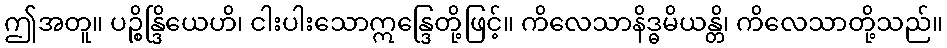
ဤအတူ။ ပဉ္စိန္ဒြိယေဟိ၊ ငါးပါးသောဣန္ဒြေတို့ဖြင့်။ ကိလေသာနိဒ္ဓမိယန္တိ၊ ကိလေသာတို့သည်။